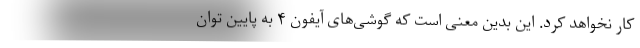
کار نخواهد کرد. این بدین معنی است که گوشی‌های آیفون ۴ به پایین توان